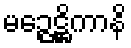
မဉ္ဇေဋ္ဌိကာနိ